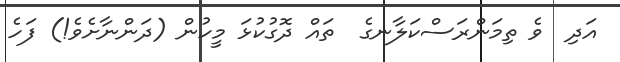
އަދި  ވެ ތިމަންރަސްކަލާނގެ  ތައް ދޮގުކުޅަ މީހުން (ދަންނާށެވެ!) ފަހެ